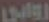
رواني